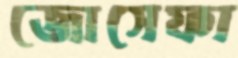
জোসেফা